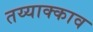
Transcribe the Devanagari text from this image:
तय्याक्काव